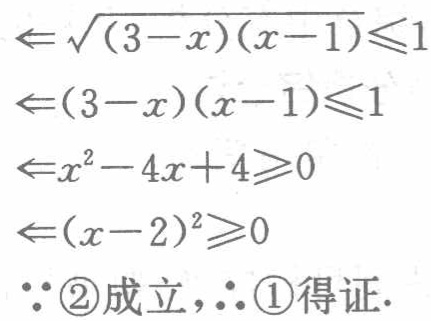
$\begin{align*}

&\Leftarrow\sqrt{(3 - x)(x - 1)}\leqslant1\\

&\Leftarrow(3 - x)(x - 1)\leqslant1\\

&\Leftarrow x^{2}-4x + 4\geqslant0\\

&\Leftarrow(x - 2)^{2}\geqslant0\\

\end{align*}$

$\because$\textcircled{2}成立，$\therefore$\textcircled{1}得证.